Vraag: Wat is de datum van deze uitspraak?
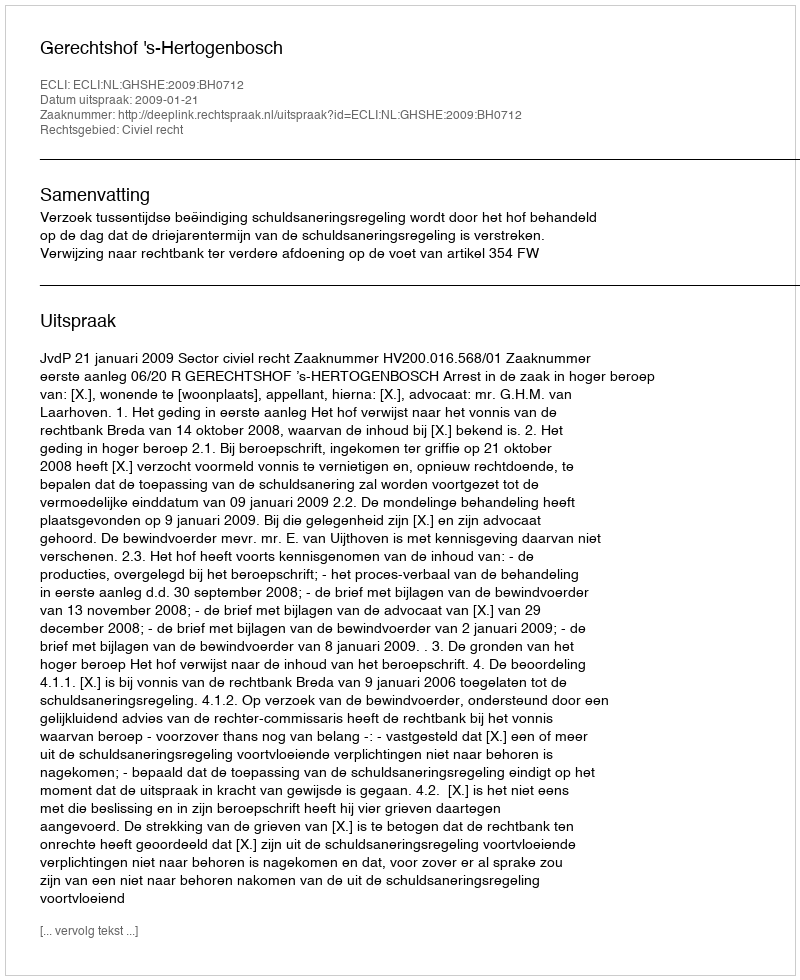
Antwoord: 2009-01-21